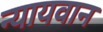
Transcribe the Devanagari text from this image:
न्यायवान